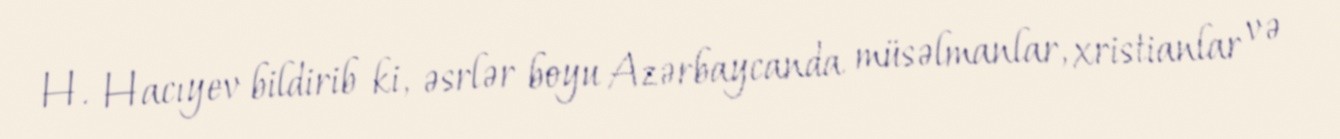
H. Hacıyev bildirib ki, əsrlər boyu Azərbaycanda müsəlmanlar, xristianlar və